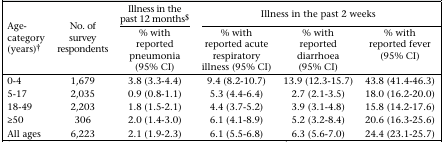
<table><thead><tr><td rowspan="2"><b>Age-category (years)†</b></td><td rowspan="2"><b>No. of survey respondents</b></td><td><b>Illness in the past 12 months$</b></td><td colspan="3"><b>Illness in the past 2 weeks</b></td></tr><tr><td><b>% with reported pneumonia (95% CI)</b></td><td><b>% with reported acute respiratory illness (95% CI)</b></td><td><b>% with reported diarrhoea (95% CI)</b></td><td><b>% with reported fever (95% CI)</b></td></tr></thead><tbody><tr><td>0-4</td><td>1,679</td><td>3.8 (3.3-4.4)</td><td>9.4 (8.2-10.7)</td><td>13.9 (12.3-15.7)</td><td>43.8 (41.4-46.3)</td></tr><tr><td>5-17</td><td>2,035</td><td>0.9 (0.8-1.1)</td><td>5.3 (4.4-6.4)</td><td>2.7 (2.1-3.5)</td><td>18.0 (16.2-20.0)</td></tr><tr><td>18-49</td><td>2,203</td><td>1.8 (1.5-2.1)</td><td>4.4 (3.7-5.2)</td><td>3.9 (3.1-4.8)</td><td>15.8 (14.2-17.6)</td></tr><tr><td>≥50</td><td>306</td><td>2.0 (1.4-3.0)</td><td>6.1 (4.1-8.9)</td><td>5.2 (3.2-8.4)</td><td>20.6 (16.3-25.6)</td></tr><tr><td>All ages</td><td>6,223</td><td>2.1 (1.9-2.3)</td><td>6.1 (5.5-6.8)</td><td>6.3 (5.6-7.0)</td><td>24.4 (23.1-25.7)</td></tr></tbody></table>